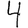
Digit: 4